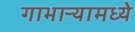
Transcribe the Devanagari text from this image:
गाभाऱ्यामध्ये